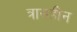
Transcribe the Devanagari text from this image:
त्रासहीन